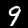
Digit: 9